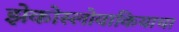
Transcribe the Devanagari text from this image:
झेकोस्लोवाकियाचा